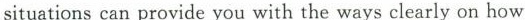
situations can provide you with the ways clearly on how